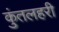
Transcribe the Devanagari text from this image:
कुंतलहरी